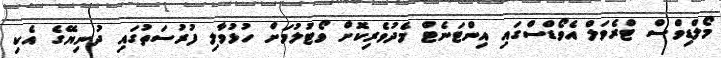
މޯލްޑިވްސް ޓްރެވަލް އެވޯޑްސްގައި އިންޓަނެޓް މެދުވެރިކޮށް ވޯޓުލުމަށް ހުޅުވާލި ފުރުސަތުގައި ދުނިޔޭގެ އެކި